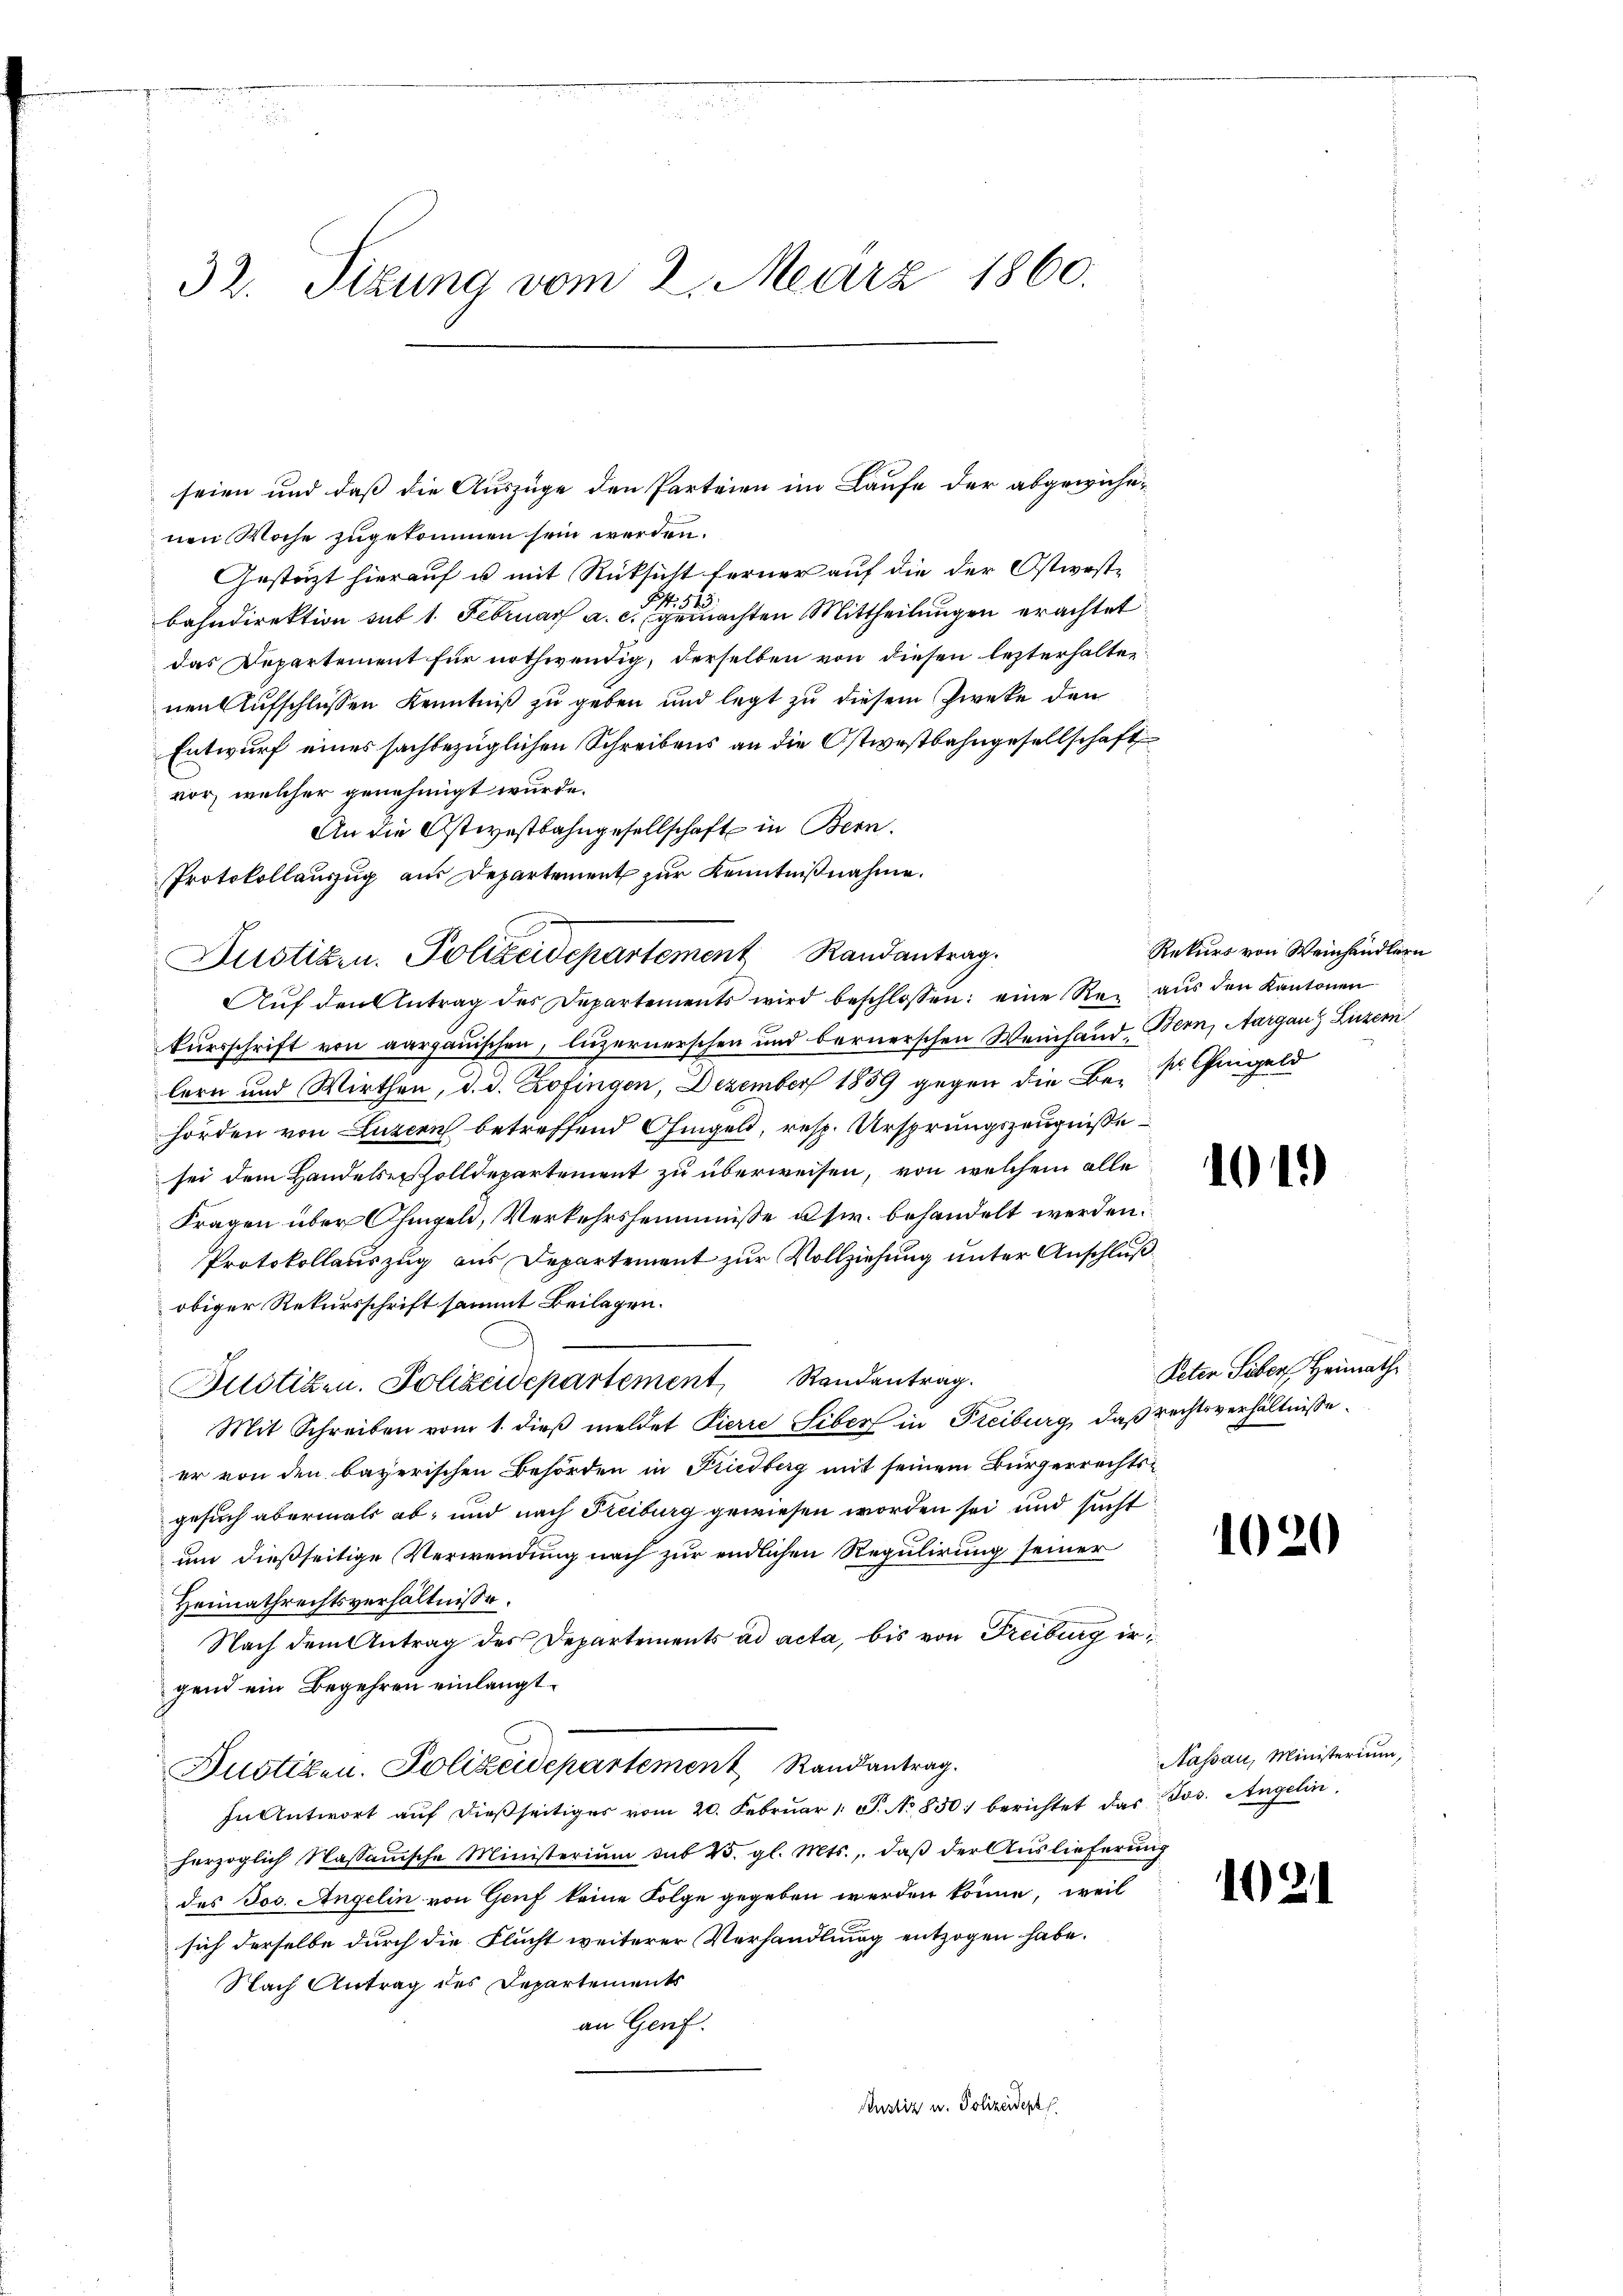
32. Sizung vom 2. März 1860.

nen Woche zugekommen sein werden.
Gestät hierauf u mit Rücksicht ferner auf die der Ostwost¬
.
bahndirektion sub 1. Februar a. c. gemachten Mittheilungen erachtet
das Departement für nothwendig, derselben von diesen lezterhalten
nen Aufschlüssen Kenntniß zu geben und legt zu diesem Zweke den
Entwurf eines sachbezüglichen Schreibens an die Ostwestbahngesellschaft
vor, welcher genehmigt wurde.
An die Ostwestbahngesellschaft in Bern.
Protokollauszug aus Departement zur Kenntnißnahme.
Aŭf den Antrag des Departements wird beschlossen: eine Rei aus den Kantonen
kursschrift von aargauischen, luzernerschen und bernerschen Weinhand, Bern, Aargau) Luzern
lern und Wirthen, d. d. Zofingen, Dezember 1859 gegen die Be- sr. Geigeld
hörden von Luzern betreffend Ohmgeld, resp. Ursprungszeugniße
sei dem Handelsvolldepartement zu überweisen, von welchem alle
Fragen über Ohmgeld, Verkehrsheimniße usw. behandelt werden.
Protokollauszug aus Departement zur Vollziehung unter Anschlußobiger Rekursschrift sammt Beilagen.
es
Mllotizen. Polizeidepartement Randantrag.
Mit Schreiben vom 1. dieß meldet Pierre Liber in Freiburg, daß rechtsverhältnisse
er von den bayerischen Behörden in Friedberg mit seinem Bürgerrechtsgesuch abermals ab, und nach Freiburg gewiesen worden sei und sucht
um dießseitige Verwendung nach zur endlichen Regulirung seiner
Heimathrechtsverhältnisse.
Nach dem Antrag des Departements ad acta, bis von Freiburg irgend ein Begehren einlangt
Dustiken. Polizeidepartement Randantrag.
In Antwort aŭf dießseitiges vom 20. Febrŭar 1 S. No 850. berichtet das Jos. Angelin.
herzoglich Massauische Ministerium sub 25. gl. Mts., daß der Auslieferung
des Jos. Angelin von Genf keine Folge gegeben werden könne, weil
sich derselbe durch die Flucht weiterer Verhandlung entzogen habe.
Nach Antrag des Departements
an Genf.
Rustiz u. Polizeidepa

Justizen. Polizeidepartement Randantrag.

seien und daß die Auszüge den Parteien im Laufe der abgewiche¬

Rekurs von Weinhändlern

101)

Peten Liber Heimath

1020

Nassau, Ministerium,

12.